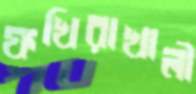
ফখিরাখালী